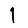
Digit: 1